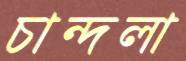
চান্দলা